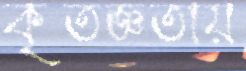
কৃতজ্ঞতায়